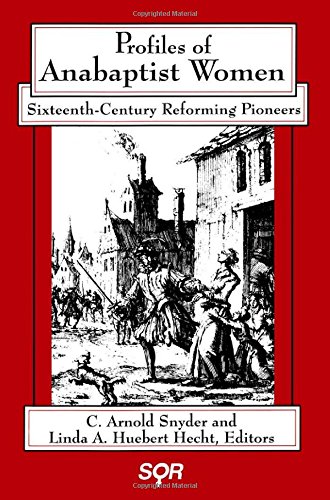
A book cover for Profiles of Anabaptist Women: Sixteenth-Century Reforming Pioneers (Studies in Women and Religion); Biographies & Memoirs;